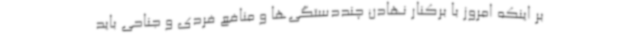
بر اینکه امروز با برکنار نهادن چنددستگی‌ها و منافع فردی و جناحی باید